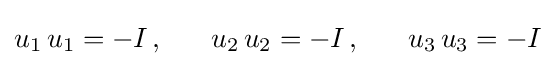
u_{1}\,u_{1}=-I\,,~~\quad u_{2}\,u_{2}=-I\,,~~\quad u_{3}\,u_{3}=-I